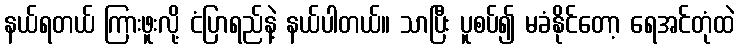
နယ်ရတယ် ကြားဖူးလို့ ငံပြာရည်နဲ့ နယ်ပါတယ်။ သာပြီး ပူစပ်၍ မခံနိုင်တော့ ရေအင်တုံထဲ